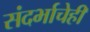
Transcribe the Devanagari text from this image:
संदर्भाचेही